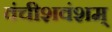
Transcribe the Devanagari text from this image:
वंचीशवंशम्